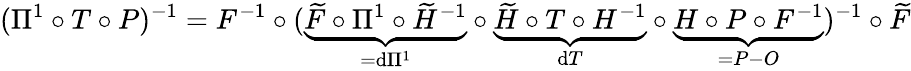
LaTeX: (\Pi^{1}\circ T\circ P)^{-1}=F^{-1}\circ(\underbrace{\widetilde F\circ\Pi^{1}\circ\widetilde H^{-1}}_{=\mathrm d\Pi^{1}}\circ\underbrace{\widetilde H\circ T\circ H^{-1}}_{\mathrm dT}\circ\underbrace{H\circ P\circ F^{-1}}_{=P-O})^{-1}\circ\widetilde F